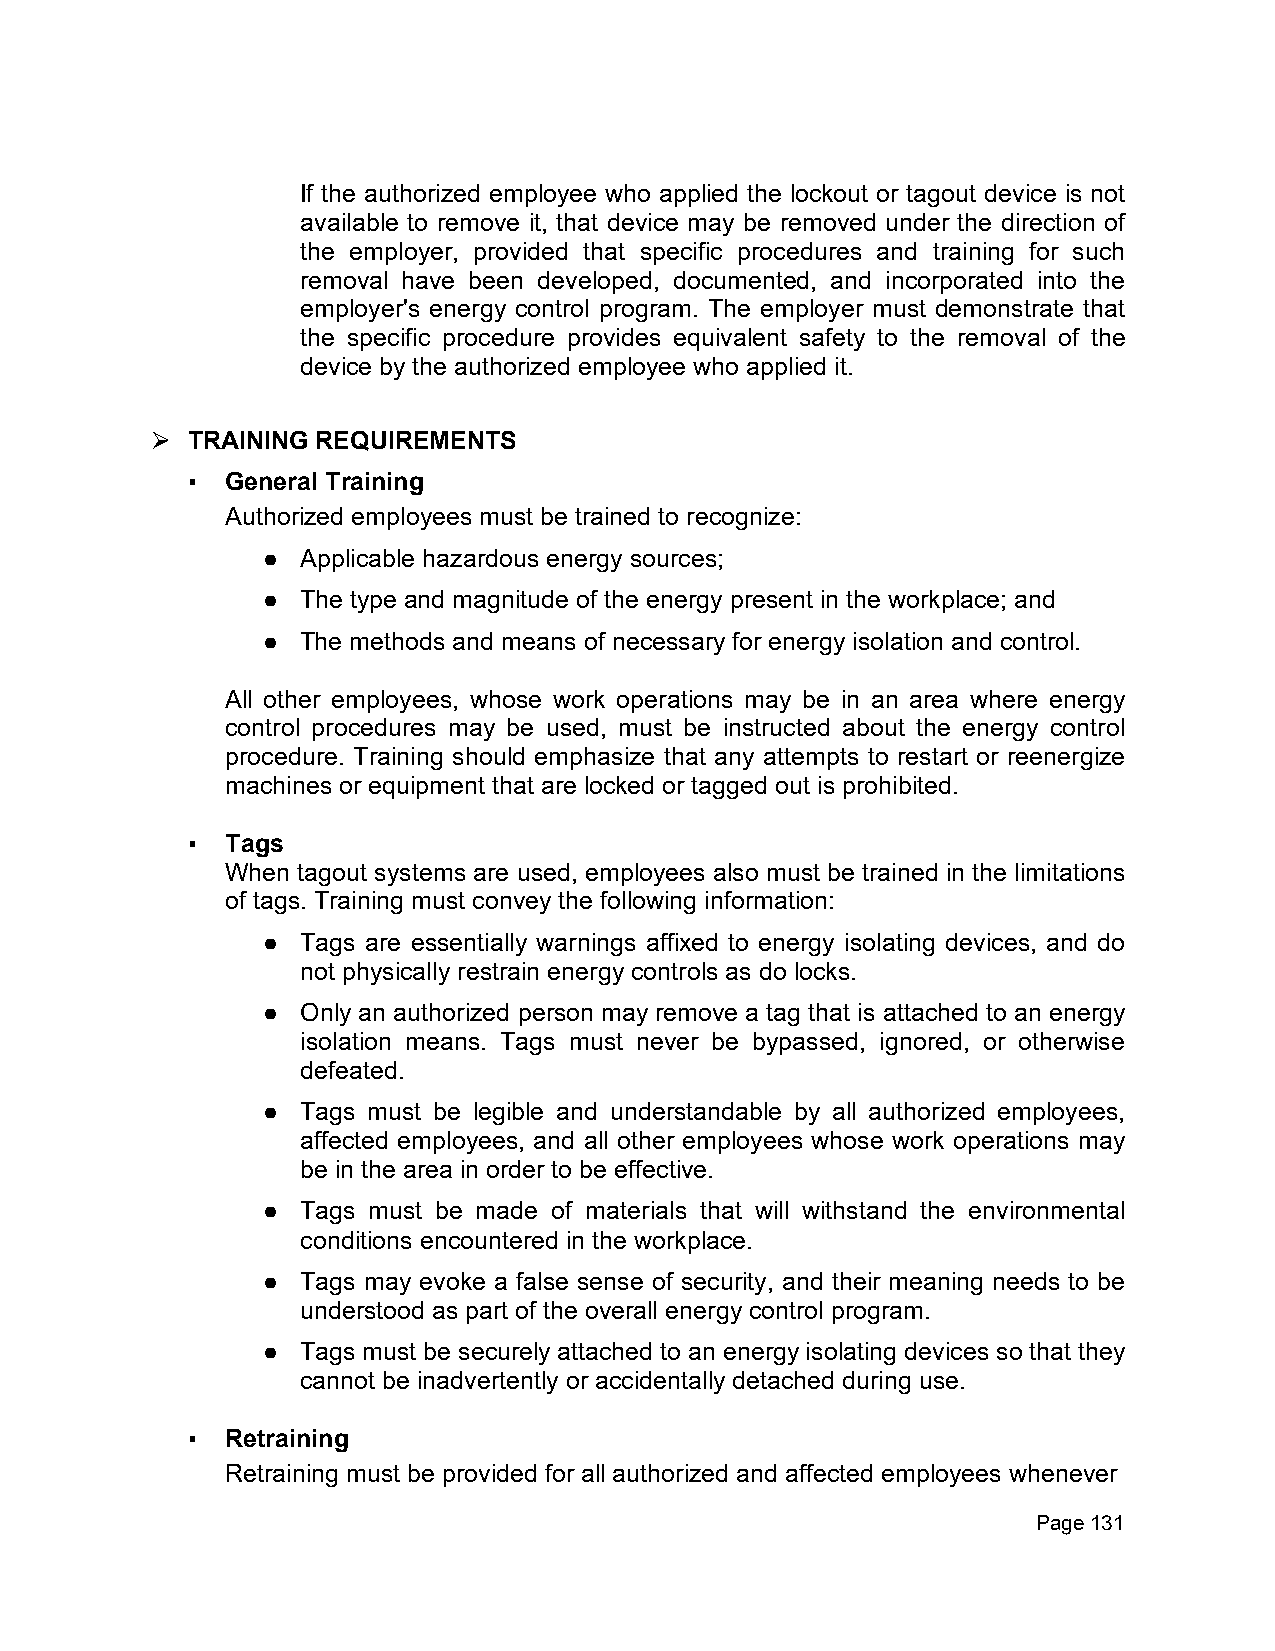
If the authorized employee who applied the lockout or tagout device is not
 available to remove it, that device may be removed under the direction of
 the employer, provided that specific procedures and training for such
 removal have been developed, documented, and incorporated into the
 employer's energy control program. The employer must demonstrate that
 the specific procedure provides equivalent safety to the removal of the
 device by the authorized employee who applied it.
 TRAINING REQUIREMENTS
 ⮚
 ▪  General Training
 Authorized employees must be trained to recognize:
 ●  Applicable hazardous energy sources;
 ●  The type and magnitude of the energy present in the workplace; and
 ●  The methods and means of necessary for energy isolation and control.
 All other employees, whose work operations may be in an area where energy
 control procedures may be used, must be instructed about the energy control
 procedure. Training should emphasize that any attempts to restart or reenergize
 machines or equipment that are locked or tagged out is prohibited.
 ▪  Tags
 When tagout systems are used, employees also must be trained in the limitations
 of tags. Training must convey the following information:
 ●  Tags are essentially warnings affixed to energy isolating devices, and do
 not physically restrain energy controls as do locks.
 ●  Only an authorized person may remove a tag that is attached to an energy
 isolation means. Tags must never be bypassed, ignored, or otherwise
 defeated.
 ●  Tags must be legible and understandable by all authorized employees,
 affected employees, and all other employees whose work operations may
 be in the area in order to be effective.
 ●  Tags must be made of materials that will withstand the environmental
 conditions encountered in the workplace.
 ●  Tags may evoke a false sense of security, and their meaning needs to be
 understood as part of the overall energy control program.
 ●  Tags must be securely attached to an energy isolating devices so that they
 cannot be inadvertently or accidentally detached during use.
 ▪  Retraining
 Retraining must be provided for all authorized and affected employees whenever
 Page 131